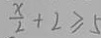
\frac { x } { 2 } + 2 \geq 5